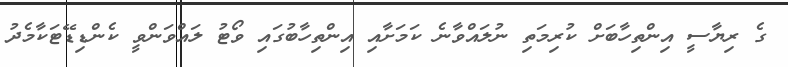
ގެ ރިޔާސީ އިންތިހާބަށް ކުރިމަތި ނުލައްވާނެ ކަމަށާއި އިންތިހާބުގައި ވޯޓު ލައްވަންވީ ކެންޑިޑޭޓަކާމެދު